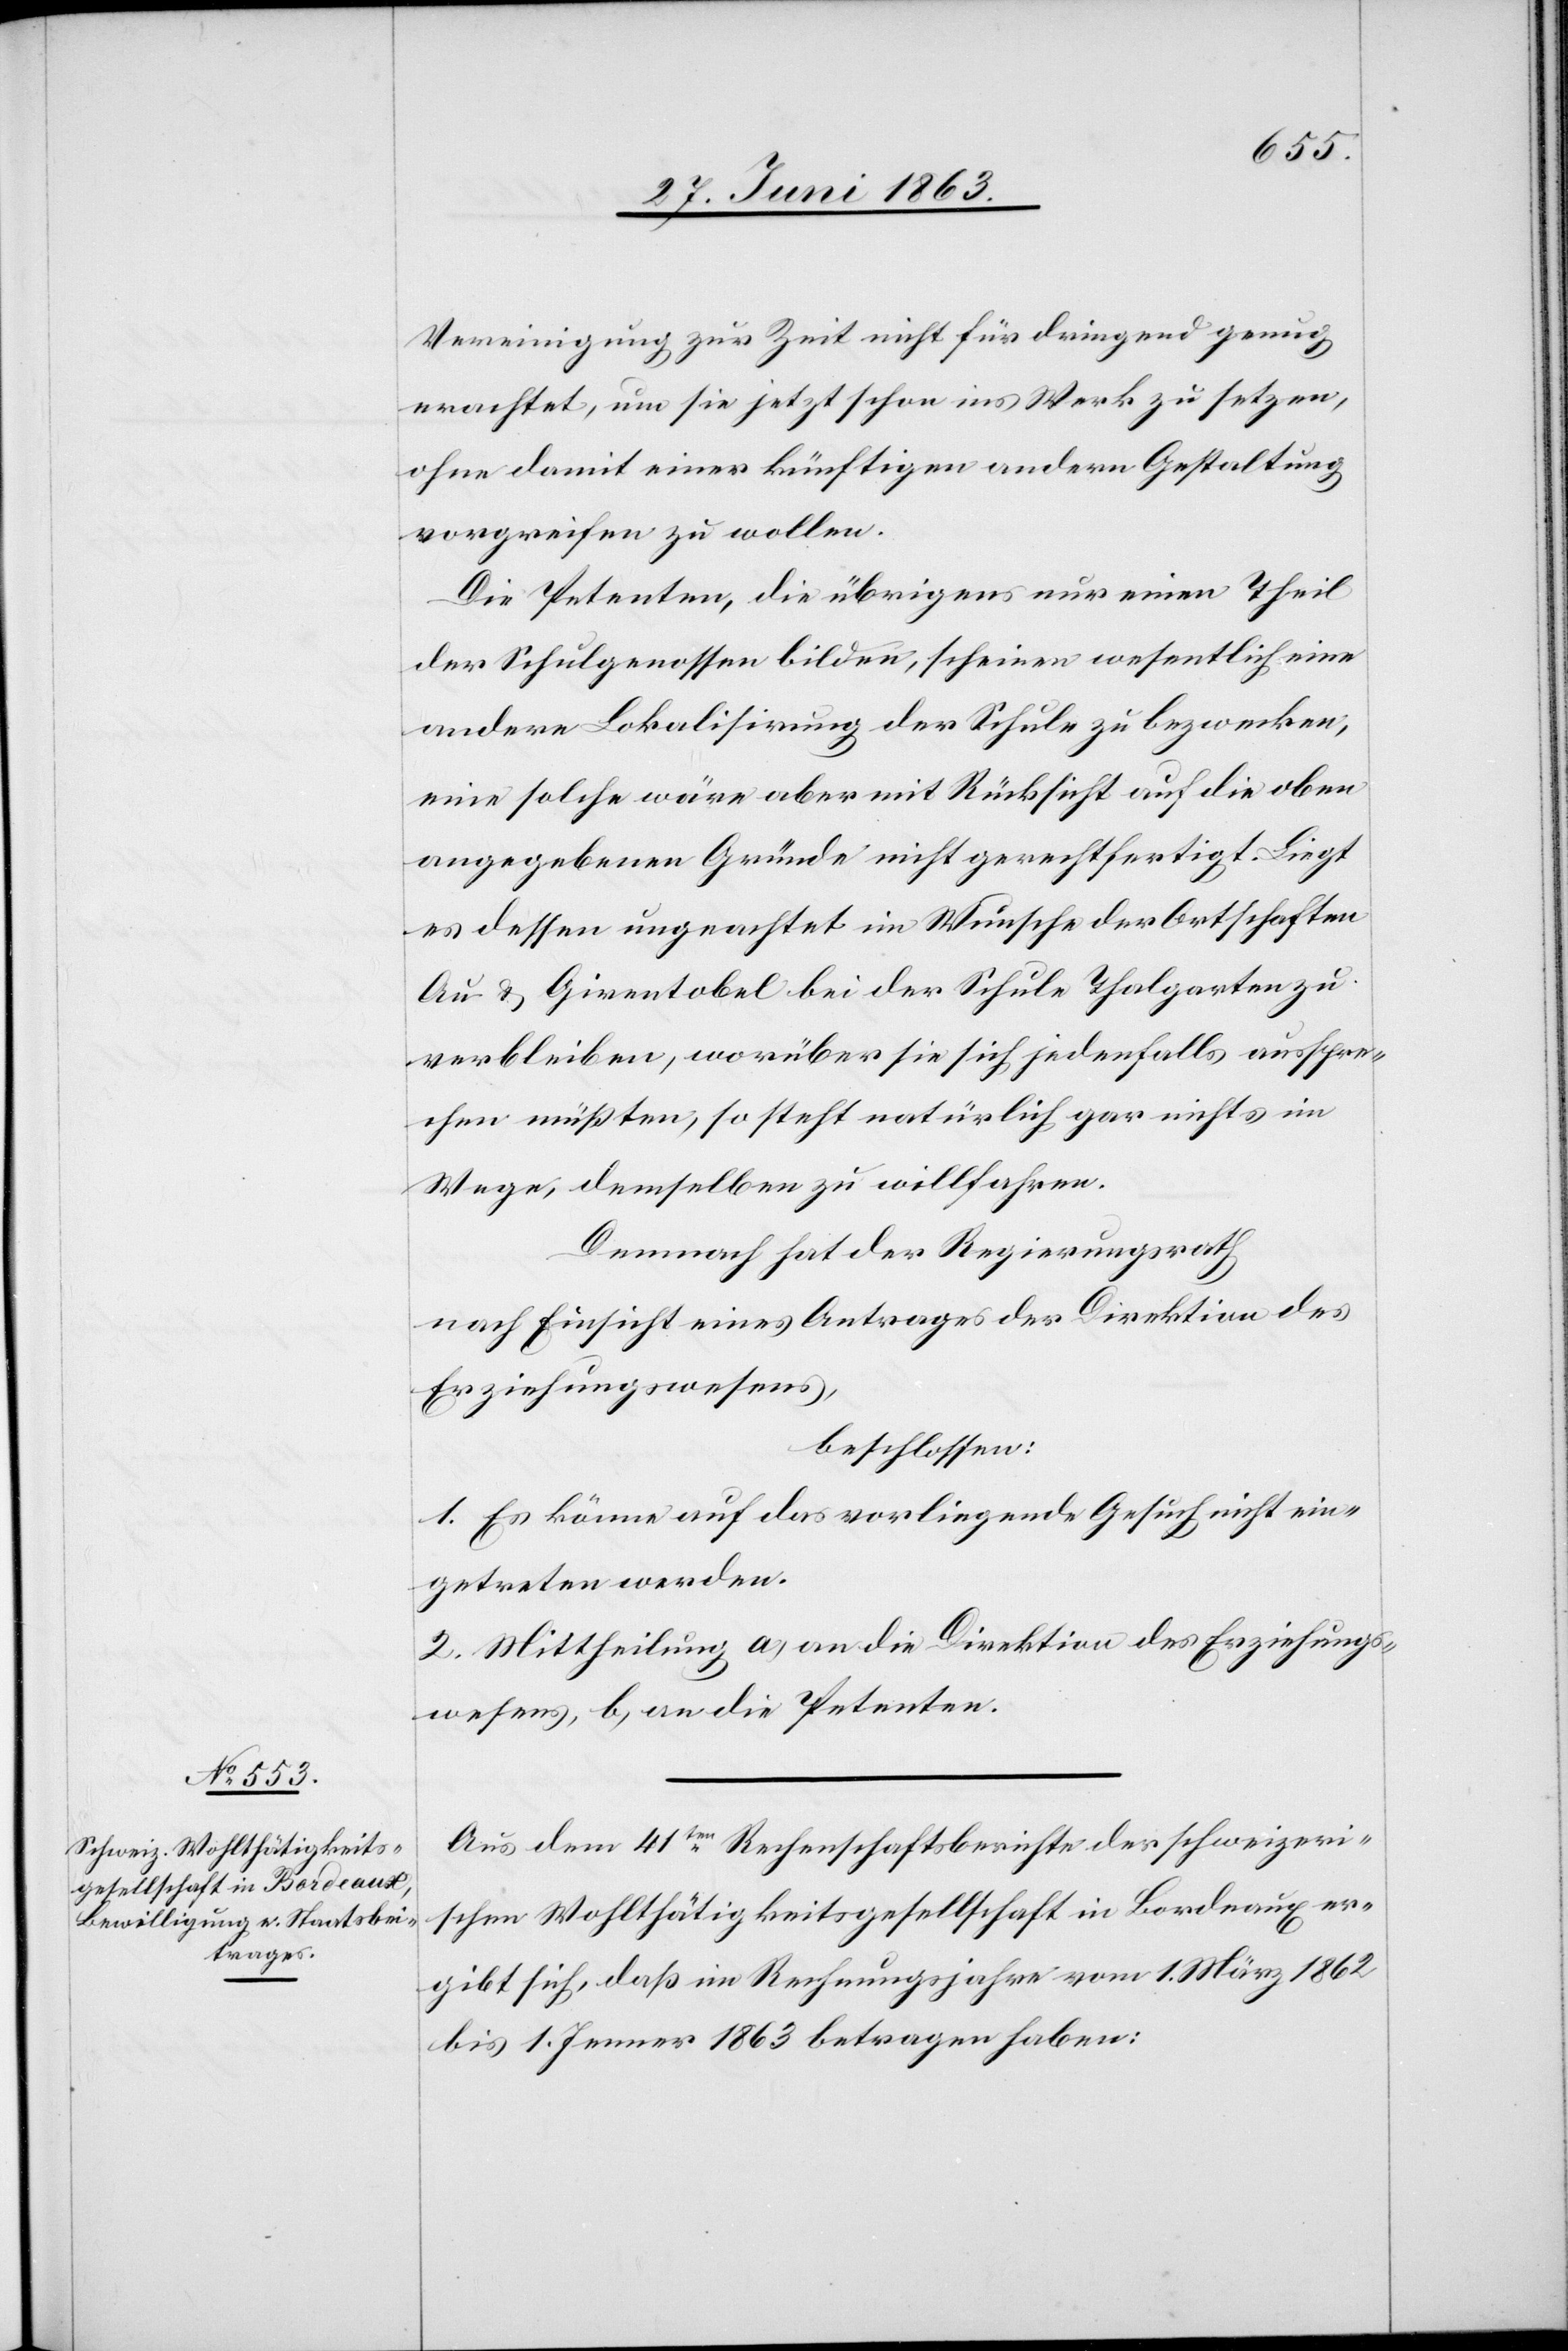
Vereinigung zur Zeit nicht für dringend genug
erachtet, um sie jetzt schon ins Werk zu setzen,
ohne damit einer künftigen andern Gestaltung
vorgreifen zu wollen.
Die Petenten, die übrigens nur einen Theil
der Schulgenossen bilden, scheinen wesentlich eine
andere Lokalisirung der Schule zu bezwecken,
eine solche wäre aber mit Rücksicht auf die oben
angegebenen Gründe nicht gerechtfertigt. Liegt
es dessen ungeachtet im Wunsche der Ortschaften
Au & Girentobel bei der Schule Thalgarten zu
verbleiben, worüber sie sich jedenfalls ausspre¬
chen müßten, so steht natürlich gar nichts im
Wege, demselben zu willfahren.
Demnach hat der Regierungsrath
nach Einsicht eines Antrages der Direktion des
Erziehungswesens,
beschlossen:
1. Es könne auf das vorliegende Gesuch nicht ein¬
getreten werden.
2. Mittheilung a) an die Direktion des Erziehungs¬
wesens, b) an die Petenten.
Aus dem 41ten Rechenschaftsberichte der schweizeri¬
schen Wohlthätigkeitsgesellschaft in Bordeaux er¬
gibt sich, daß im Rechnungsjahre vom 1. März 1862
bis 1. Jenner 1863 betragen haben: